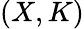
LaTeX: (X,K)